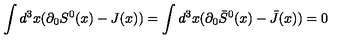
\int d ^ { 3 } x ( \partial _ { 0 } S ^ { 0 } ( x ) - J ( x ) ) = \int d ^ { 3 } x ( \partial _ { 0 } \bar { S } ^ { 0 } ( x ) - \bar { J } ( x ) ) = 0